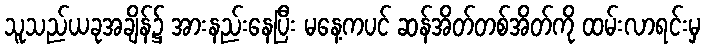
သူသည်ယခုအချိန်၌ အားနည်းနေပြီး မနေ့ကပင် ဆန်အိတ်တစ်အိတ်ကို ထမ်းလာရင်းမှ